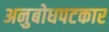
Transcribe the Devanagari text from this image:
अनुबोधपटकार